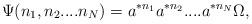
LaTeX: \begin{align*}\Psi (n_{1},n_{2}....n_{N})=a^{*n_{1}}a^{*n_{2}}....a^{*n_{N}}\Omega ,\quad\end{align*}